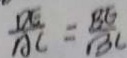
\frac { D E } { A C } = \frac { B E } { B C }